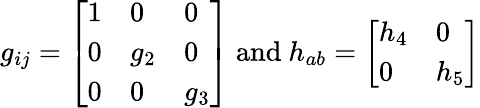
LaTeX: g_{ij}=\left[\begin{array}{lll}{{1}}&{{0}}&{{0}}\\ {{0}}&{{g_{2}}}&{{0}}\\ {{0}}&{{0}}&{{g_{3}}}\end{array}\right]\mathrm{~and~}h_{ab}=\left[\begin{array}{ll}{{h_{4}}}&{{0}}\\ {{0}}&{{h_{5}}}\end{array}\right]